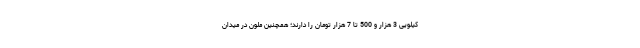
کیلویی 3 هزار و 500 تا 7 هزار تومان را دارند؛ همچنین ملون در میدان